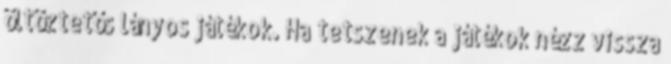
öltöztetős lányos játékok. Ha tetszenek a játékok nézz vissza